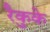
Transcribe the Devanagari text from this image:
रैकुके